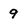
Character: 9